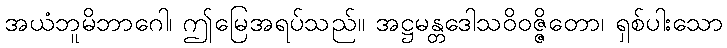
အယံဘူမိဘာဂေါ၊ ဤမြေအရပ်သည်။ အဋ္ဌမန္တဒေါသဝိဝဇ္ဇိတော၊ ရှစ်ပါးသော